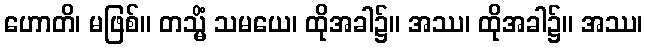
ဟောတိ၊ မဖြစ်။ တသ္မိံ သမယေ၊ ထိုအခါ၌။ အဿ၊ ထိုအခါ၌။ အဿ၊